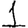
Digit: 1